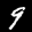
Label: 9